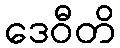
ဒေဝီတိ